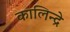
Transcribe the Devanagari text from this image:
कालिन्द्रे